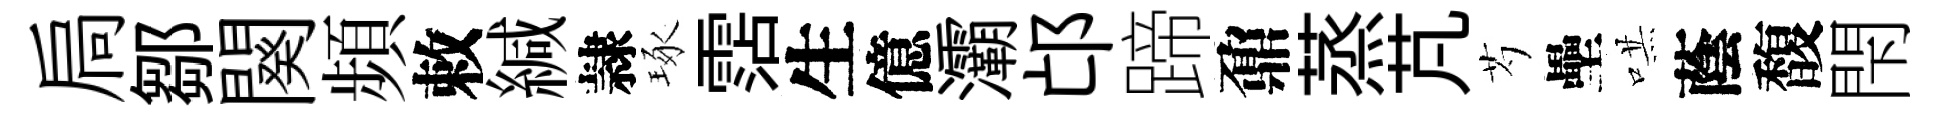
扃鄒闋頻敕緘隷琢霑生億灞邙蹄鼐蒸芃芍壘哄蔭馥閇